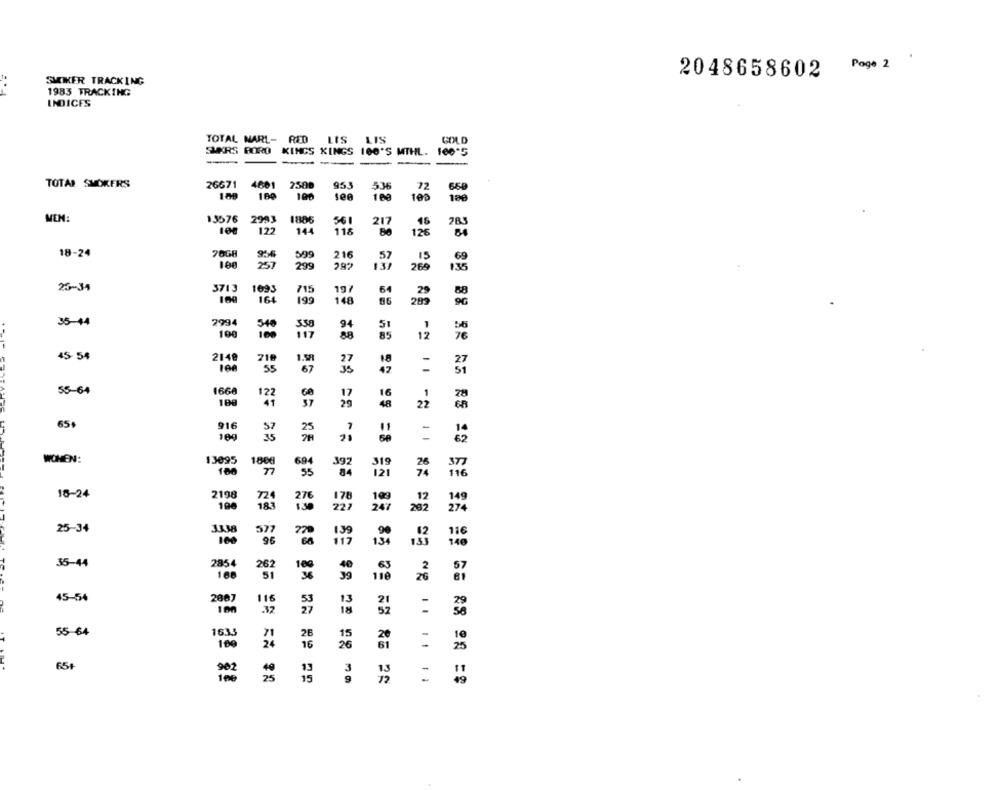
Page 2
SMOKER TRACKING
2048658602
..
1983 TRACKING
INDICES
TOTAL MARL- RED LIS LIS
GOLD
SMØRS BORO KINCS KINGS 100'S MTHL. 100'S
---
--
TOTAL SMOKERS
26671 4801
2588
953
536
72
160
100
1 09
103
MEN:
15576
2993
1886
56 1
100
122
217
144
118
126
80
18-24
216
599
57
15
69
257
299
292
137
269
135
25-34
3713
1693
715
197
6
29
100
164
199
148
283
35-44
2994
540
358
100
51
117
85
12
25 88 88 28
45-54
2140
718
18
27
55
47
55-64
166A
122
16
100
48
22
65+
916
7
11
25
WOMEN:
13095
397
1868
694
319
100
77
84
74
116
16-24
2198
721
276
178
109
149
196
183
130
227
247
20
274
25-34
3338
577
11€
139
90
134
100
96
117
140
35-44
2854
262
10
40
168
51
36
39
118
45-54
2007
116
13
21
.32
53
18
55-64
1633
71
38
15
169
24
26
65+
3
25
9
72
.. ....